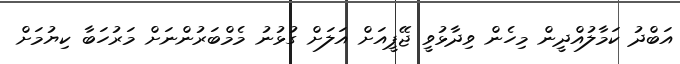
އަބްދު ކަމާލުއްދީން މިހެން ވިދާޅުވީ ޖޭޕީއަށް އަލަށް ގުޅުނު މެމްބަރުންނަށް މަރުހަބާ ކިޔުމަށް